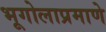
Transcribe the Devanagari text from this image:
भूगोलाप्रमाणे